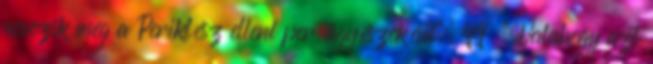
nevezik meg a Periklész elleni per ügyészeként. 99 „Valahogy azt